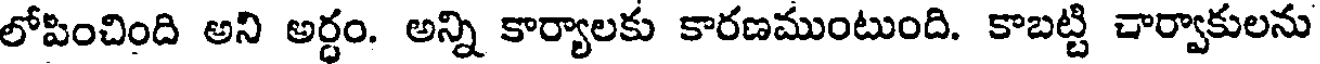
లోపించింది అని అర్ధం. అన్ని కార్యాలకు కారణముంటుంది. కాబట్టి చార్వాకులను